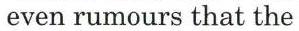
even rumours that the